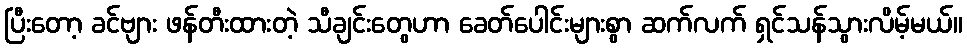
ပြီးတော့ ခင်ဗျား ဖန်တီးထားတဲ့ သီချင်းတွေဟာ ခေတ်ပေါင်းများစွာ ဆက်လက် ရှင်သန်သွားလိမ့်မယ်။